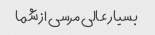
بسیار عالی مرسی از شما